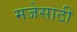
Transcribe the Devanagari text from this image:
मजेसाठी